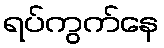
ရပ်ကွက်နေ